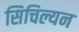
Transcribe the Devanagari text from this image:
सिचिल्यन